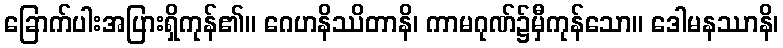
ခြောက်ပါးအပြားရှိကုန်၏။ ဂေဟနိဿိတာနိ၊ ကာမဂုဏ်၌မှီကုန်သော။ ဒေါမနဿာနိ၊